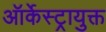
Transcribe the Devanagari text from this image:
ऑर्केस्ट्रायुक्त